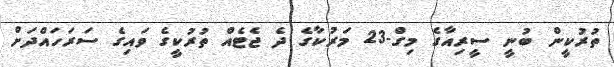
ތުރުކީން ބުނީ ސީރިއާގެ މިގް-23 މަރުކާގެ ދެ ޖެޓެއް ތުރުކީގެ ވައިގެ ސަރަހައްދަށް